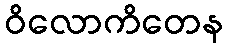
ဝိလောကိတေန